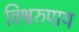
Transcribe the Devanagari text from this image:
विश्वरुपाय